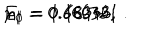
E _ { 0 } = 0 . 6 6 9 3 3 , \hspace { . 2 i n } n _ { 1 } = 1 . 1 8 3 4 6 , \hspace { . 2 i n } \rho _ { 1 } = 0 . 6 6 6 7 2 1 ~ .